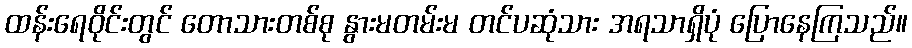
ထန်းရေဝိုင်းတွင် တောသားတစ်စု နွားမတမ်းမ တင်ပဆုံသား အရသာရှိပုံ ပြောနေကြသည်။